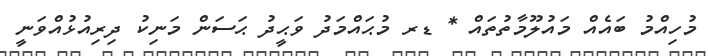
މުހިއްމު ބައެއް މައުލޫމާތުތައް * ޑރ މުޙައްމަދު ވަޙީދު ޙަސަން މަނިކު ދިރިއުޅުއްވަނީ